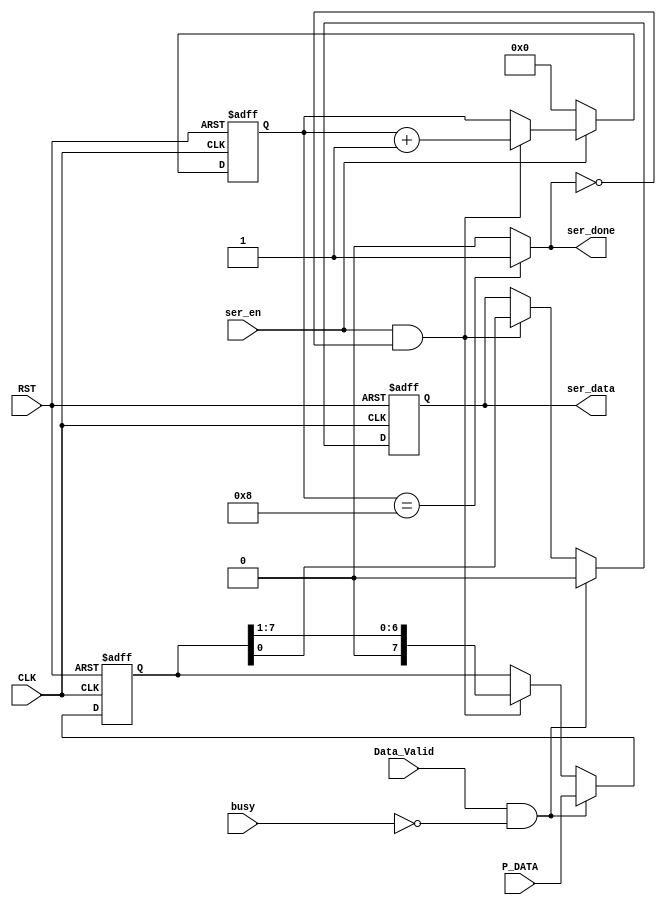
module Serializer (
 input wire [7:0] P_DATA       ,
 input wire       Data_Valid   ,
 input wire       busy         ,
 input wire       ser_en       , 
 input wire       CLK          ,
 input wire       RST          ,
 output reg       ser_data     ,
 output wire      ser_done
);

reg [7:0] temp_data ;
reg [3:0] count     ;



always@(posedge CLK or negedge RST)
 begin
   if(!RST)
      begin 
        temp_data <= 8'b0 ;
        ser_data  <= 1'b0 ;
      end
 else if (Data_Valid && !busy) 
        begin    // load in_data into temp_data 
            temp_data <= P_DATA ;
            ser_data  <= 1'b0   ;
        end
 else if(ser_en && !ser_done) // enables the shift register
           begin
            {temp_data,ser_data} <= {1'b0, temp_data} ;
           end
 end
 
 // counter to count the output bits to high ser_done flag after finish   
     always@(posedge CLK or negedge RST)
       begin
          if(!RST)
            count <= 4'b0 ;
          else if (!ser_en)
            count <= 4'b0 ;				
          else if (ser_en && !ser_done)
            count <= count + 4'b1 ;				  
       end
    
 /////////////////////////////
 
assign ser_done = (count == 'b1000) ? 1'b1 : 1'b0 ;
   
   
endmodule